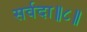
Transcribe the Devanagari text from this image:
सर्वदा॥८॥